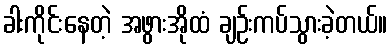
ခါးကိုင်းနေတဲ့ အဖွားအိုထံ ချဉ်းကပ်သွားခဲ့တယ်။